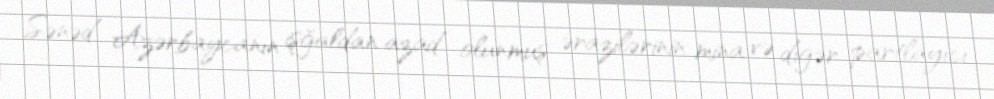
Sənəd Azərbaycanın işğaldan azad olunmuş ərazilərinin mina və digər partlayıcı